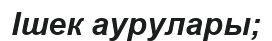
Ішек аурулары;